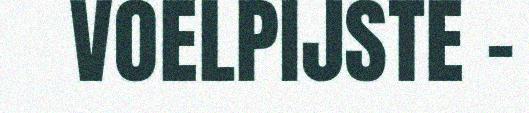
VOELPIJSTE -